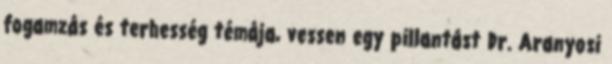
fogamzás és terhesség témája, vessen egy pillantást Dr. Aranyosi